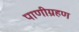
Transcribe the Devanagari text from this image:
पाणीग्रहण